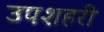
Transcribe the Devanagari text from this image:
उपशहरी